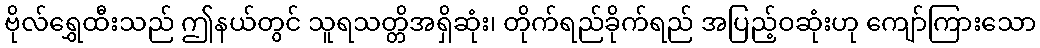
ဗိုလ်ရွှေထီးသည် ဤနယ်တွင် သူရသတ္တိအရှိဆုံး၊ တိုက်ရည်ခိုက်ရည် အပြည့်ဝဆုံးဟု ကျော်ကြားသော